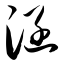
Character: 涵